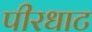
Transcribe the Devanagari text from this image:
पीरधाट